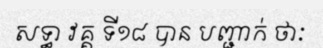
សទ្ធា វគ្គ ទី១៨ បាន បញ្ជាក់ ថាៈ